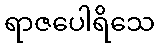
ရာဇပေါရိသေ